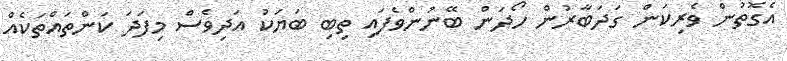
އެގޮތުން ވެރިކަން ގަދަބާރުން ހޯދަން ބޭނުންވެފައި ތިބި ބަޔަކު އަދިވެސް މިފަދަ ކަންތައްތަކެއް